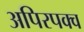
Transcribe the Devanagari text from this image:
अपिरपक्व